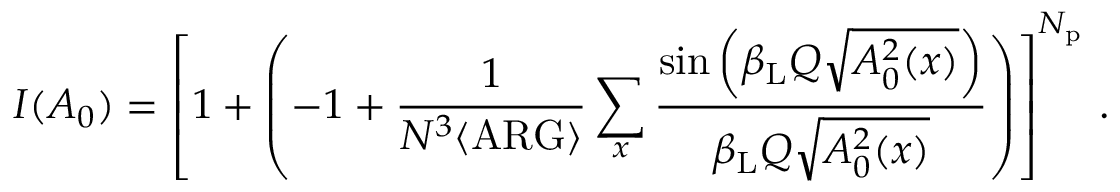
I ( A _ { 0 } ) = \left[ 1 + \left( - 1 + \frac { 1 } { N ^ { 3 } \langle \mathrm { A R G } \rangle } \sum _ { x } \frac { \sin \left( \beta _ { \mathrm { L } } Q \sqrt { A _ { 0 } ^ { 2 } ( x ) } \right) } { \beta _ { \mathrm { L } } Q \sqrt { A _ { 0 } ^ { 2 } ( x ) } } \right) \right] ^ { N _ { \mathrm { p } } } \, .